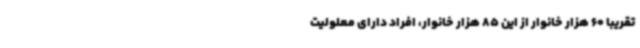
تقریبا 60 هزار خانوار از این 85 هزار خانوار، افراد دارای معلولیت